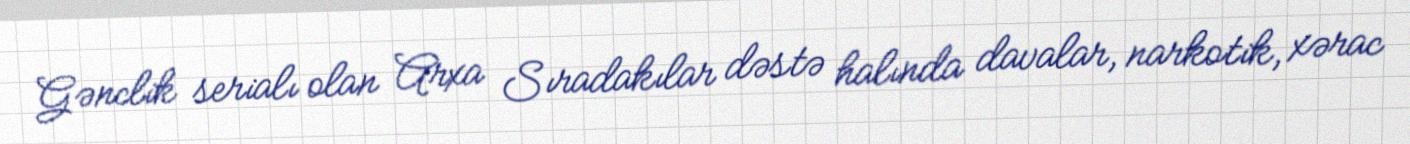
Gənclik serialı olan Arxa Sıradakılar dəstə halında davalar, narkotik, xərac